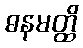
ဓနမတ္ထိ